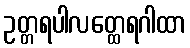
ဥတ္တရပါလတ္ထေရဂါထာ